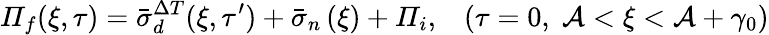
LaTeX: \mathit{\Pi}_{f}(\xi,\tau)=\bar{\sigma}_{d}^{\Delta T}(\xi,\tau^{\prime})+\bar{\sigma}_{n}\left(\xi\right)+\mathit{\Pi}_{i},\; \; \; \left(\tau=0,\; \mathcal{A}<\xi<\mathcal{A}+\gamma_{0}\right)